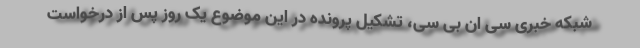
شبکه خبری سی ان بی سی، تشکیل پرونده در این موضوع یک روز پس از درخواست